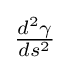
{\textstyle {\frac {d^{2}\gamma }{ds^{2}}}}